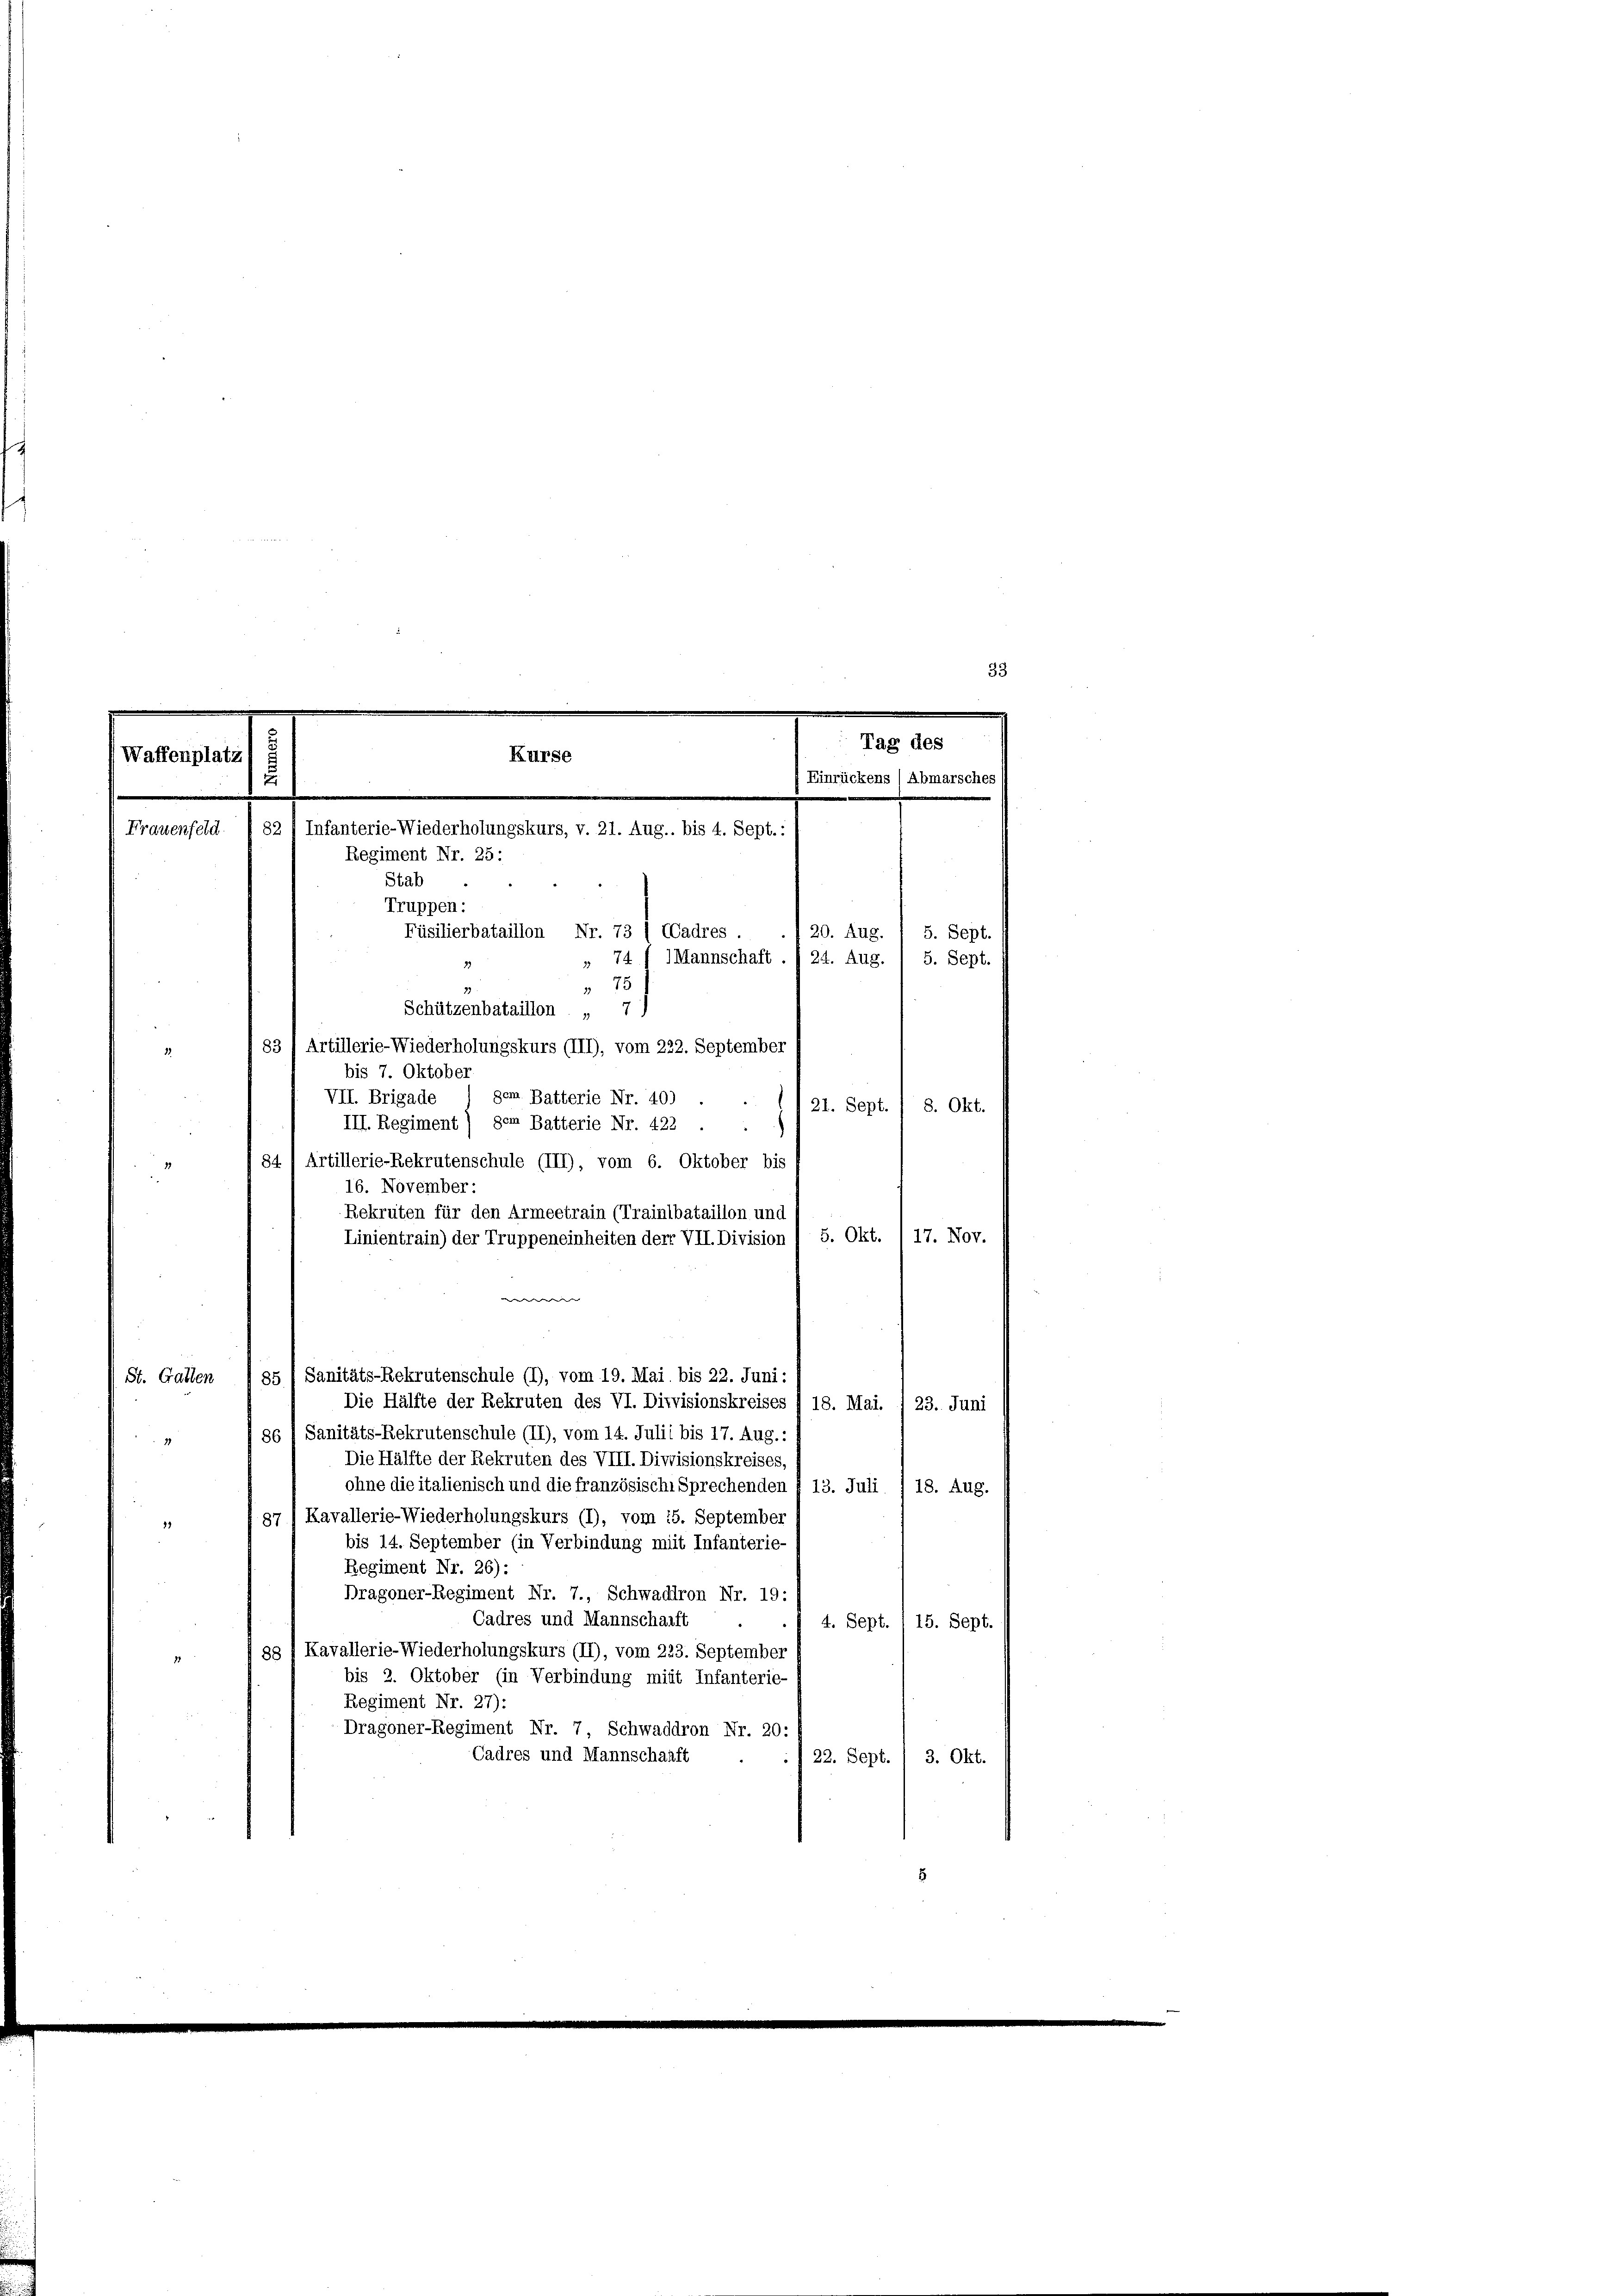
Waffenplatz
Frauenfeld

33

e
e
Kurse
u
82 / Infanterie-Wiederholungskurs, v. 21. Aug. bis 4. Sept.:
Regiment Nr. 25:
Stab
Truppen:
Füsilierbataillon Nr. 73 (CCadres .
74 f 1 Mannschaft . § 24. Aug. 1 5. Sept.

75
Schützenbataillon „ 7)
83) Artillerie-Wiederholungskurs (III), vom 222. September
21
bis 7. Oktober
gem. Batterie Nr. 40)
VII. Brigade
21. Sept. / 8. Okt.
III. Regiment) dem Batterie Nr. 422 .
84, Artillerie-Rekrutenschule (III), vom 6. Oktober bis
16. November:
Rekruten für den Armeetrain (Trainlbataillon und
Linientrain) der Truppeneinheiten der VII. Division / 5. Okt. 1 17. Nov.
w
85  Sanitäts-Rekrutenschule (1), vom 19. Mai bis 22. Juni:
St. Gatten
Die Hälfte der Rekruten des VI. Divisionskreises /18. Mai.
23. Juni
86 f Sanitäts-Rekrutenschule (II), vom 14. Julii bis 17. Aug.
Die Hälfte der Rekruten des VIII. Divisionskreises
ohne die italienisch und die französische Sprechenden § 13. Juli ) 18. Aug.
Kavallerie-Wiederholungskurs (I), vom 15. September
31
87
bis 14. September (in Verbindung mit Infanterie-
Regiment Nr. 26):
Dragoner-Regiment Nr. 7., Schwadiron Nr. 19:
Cadres und Mannschafft
4. Sept. 1 15. Sept.
88 1 Kavallerie-Wiederholungskurs (II), vom 223. September
bis 2. Oktober (in Verbindung mit Infanterie
Regiment Nr. 27):
Dragoner-Regiment Nr. 7, Schwaddron Nr. 20:
Cadres und Mannschaaft
22. Sept. / 3. Okt.

Tag des
 Einrückens (Abmarsches
120. Aug. I 5. Sept.